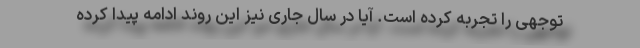
توجهی را تجربه کرده است. آیا در سال جاری نیز این روند ادامه پیدا کرده